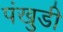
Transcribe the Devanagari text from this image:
पंखुडी